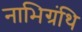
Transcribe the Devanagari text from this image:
नाभिग्रंथि